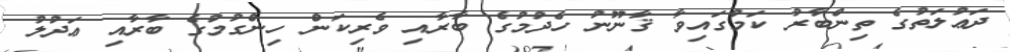
ދަޢުލަތުގެ ތިންބާރު ކަމުގައިވާ ޤާނޫނު ހެދުމުގެ ބާރާއި ވެރިކަން ހިންގުމުގެ ބާރާއި ޢަދުލު